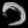
Digit: ၁